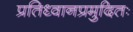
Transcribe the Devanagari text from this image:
प्रतिध्वानप्रमुदितः